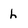
Character: h